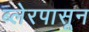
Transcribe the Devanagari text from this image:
ब्लेरपासून